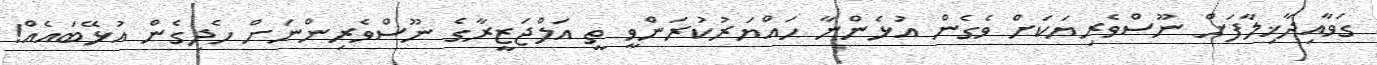
ގަވާއިދާޚިލާފަށް ނޫސްވެރިޔަކަށް ވެގެން އުޅެންނާ ހައްޔަރުކުރަންވީ ތީ އަލްޖަޒީރާގެ ނޫސްވެރިންނަށް ހެދިގެން އުޅޭބައެއް!